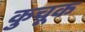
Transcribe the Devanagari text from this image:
कुचूक